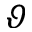
\vartheta